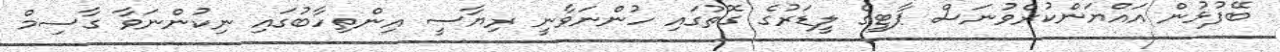
ބޭފުޅުން އައްޔަންކުރެވުނަސް ޕާޓީގެ ލީޑަރުގެ ގޮތުގައި ހުންނަވާނީ ރިޔާސީ އިންތިހާބުގައި ނިކުންނަވާ ގާސިމް